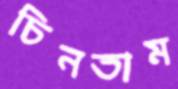
চিনতাম